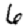
Digit: 6